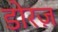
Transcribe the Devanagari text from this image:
डोरज़